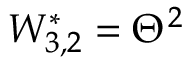
W _ { 3 , 2 } ^ { * } = \Theta ^ { 2 }